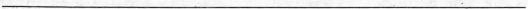
___